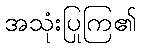
အသုံးပြုကြ၏